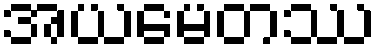
အယမေတဿ